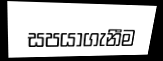
සපයාගැනීම